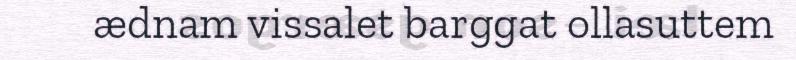
ædnam vissalet barggat ollasuttem